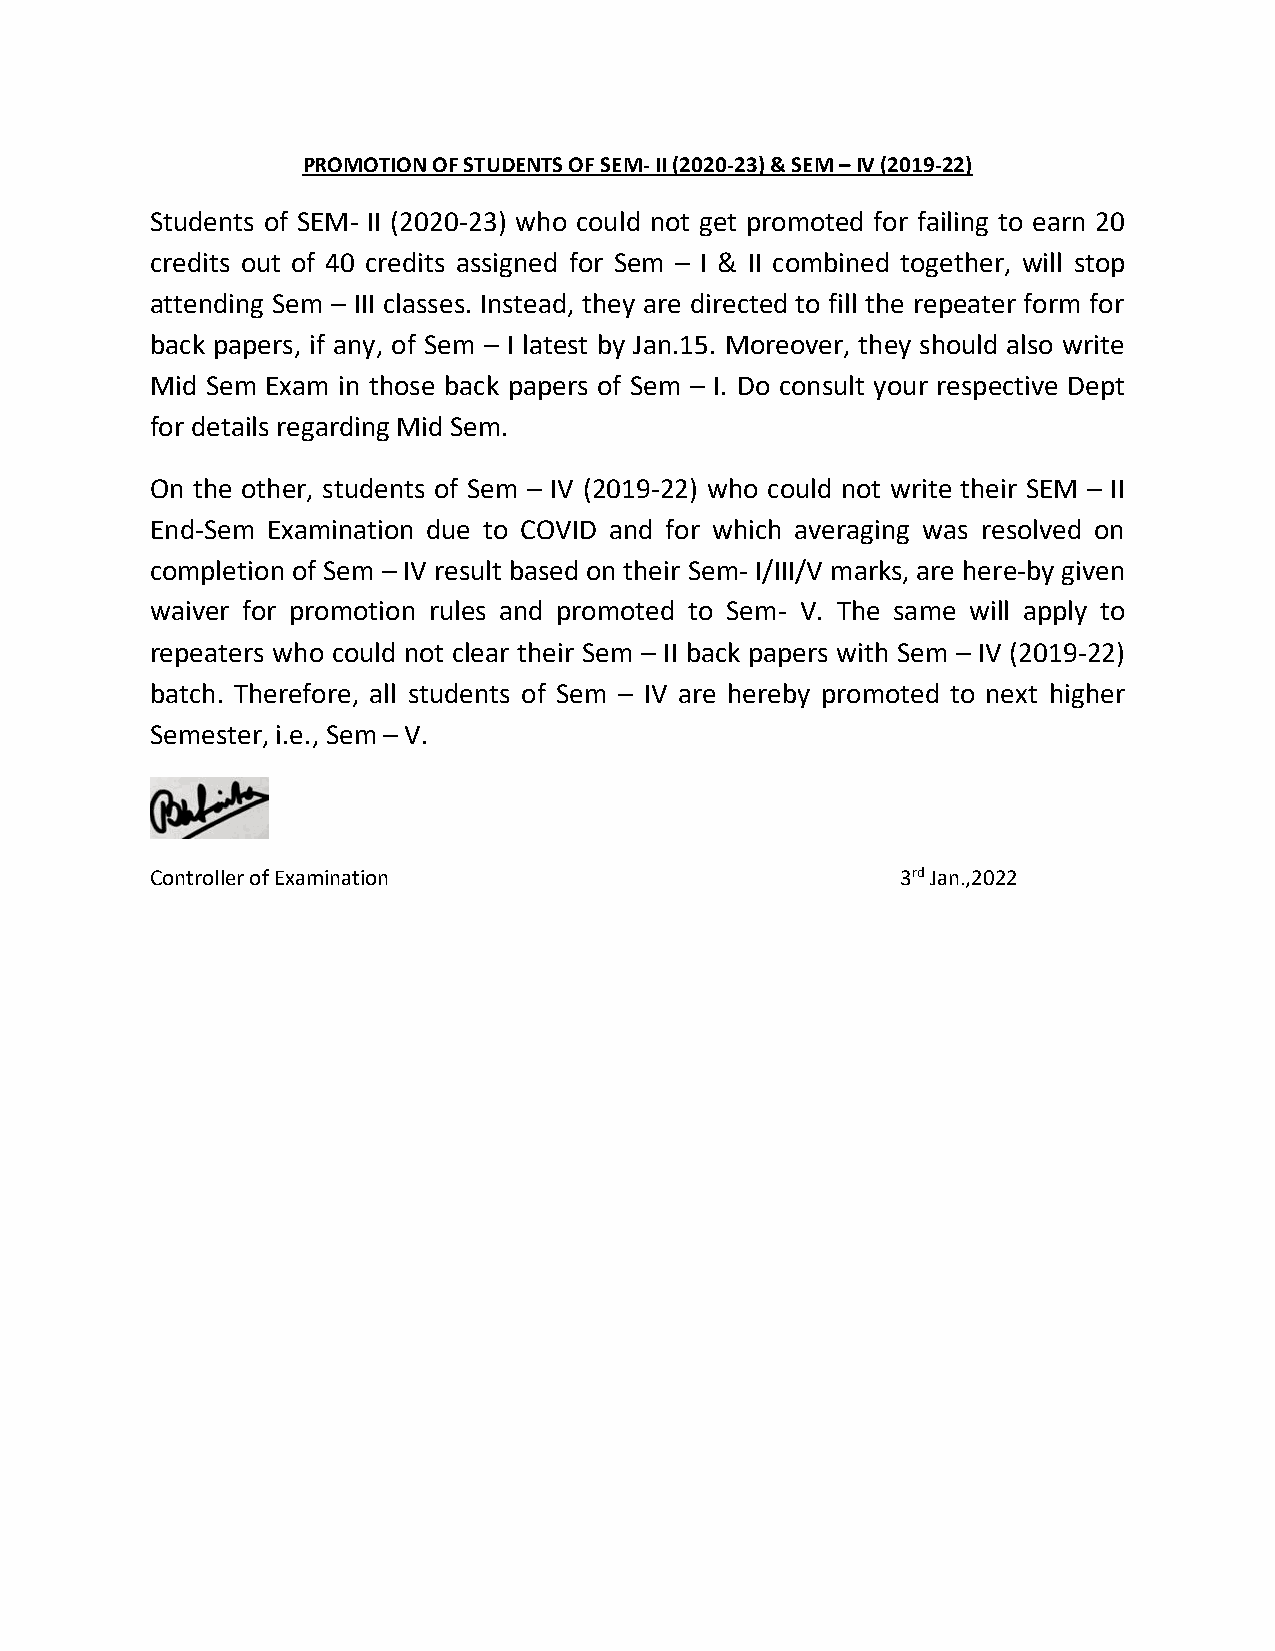
PROMOTION OF STUDENTS OF SEM- II (2020-23) & SEM – IV (2019-22)
 Students of SEM- II (2020-23) who could not get promoted for failing to earn 20
 credits out of 40 credits assigned for Sem – I & II combined together, will stop
 attending Sem – III classes. Instead, they are directed to fill the repeater form for
 back papers, if any, of Sem – I latest by Jan.15. Moreover, they should also write
 Mid Sem Exam in those back papers of Sem – I. Do consult your respective Dept
 for details regarding Mid Sem.
 On the other, students of Sem – IV (2019-22) who could not write their SEM – II
 End-Sem Examination due to COVID and for which averaging was resolved on
 completion of Sem – IV result based on their Sem- I/III/V marks, are here-by given
 waiver for promotion rules and promoted to Sem- V. The same will apply to
 repeaters who could not clear their Sem – II back papers with Sem – IV (2019-22)
 batch. Therefore, all students of Sem – IV are hereby promoted to next higher
 Semester, i.e., Sem – V.
 Controller of Examination                         3rd Jan.,2022